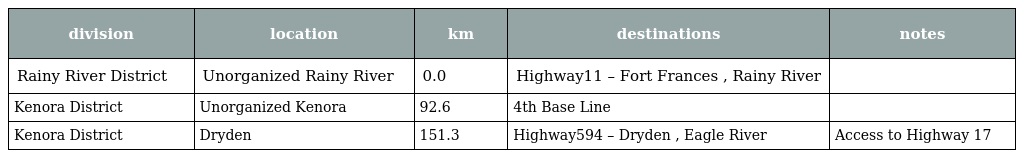
| division | location | km | destinations | notes |
 | --- | --- | --- | --- | --- |
 | Rainy River District | Unorganized Rainy River | 0.0 | Highway11 – Fort Frances , Rainy River |  |
 | Kenora District | Unorganized Kenora | 92.6 | 4th Base Line |  |
 | Kenora District | Dryden | 151.3 | Highway594 – Dryden , Eagle River | Access to Highway 17 |